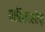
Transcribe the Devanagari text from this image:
वाहिकाशोफ़